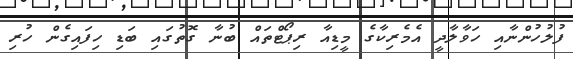
ފުލުހުންނާއި ހަވާލާދީ އެމެރިކާގެ މީޑިއާ ރިޕޯޓްތައް ބުނާ ގޮތުގައި ބަޑި ހިފައިގެން ހުރި